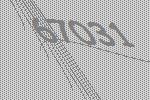
67031